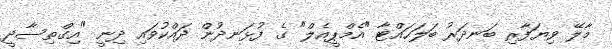
މާލޭ ވިޔަފާރި ބަނދަރު ބަލަހައްޓާ "އެމްޕީއެލް" ގެ ފުޅަނދުން ދައްކުވައި ދިނީ "އިގްތިސާދީ